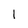
Character: 1